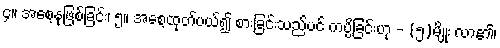
၄။ အစေ့နုဖြစ်ခြင်း၊ ၅။ အစေ့ထုတ်ပယ်၍ စားခြင်းသည်ပင် ကပ္ပိခြင်းဟု - (၅)မျိုး လာ၏၊